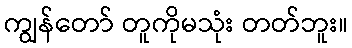
ကျွန်တော် တူကိုမသုံး တတ်ဘူး။